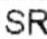
SR